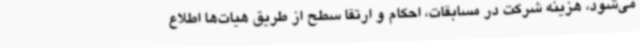
می‌شود، هزینه شرکت در مسابقات، احکام و ارتقا سطح از طریق هیات‌ها اطلاع